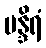
မန္ဒိရံ